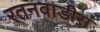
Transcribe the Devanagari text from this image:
रतनवाडीस